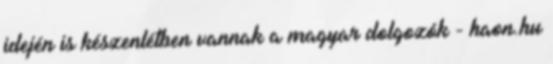
idején is készenlétben vannak a magyar dolgozók - haon.hu